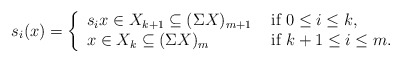
\begin{align*}s_i(x)=\left\{\begin{array}{ll}s_ix\in X_{k+1}\subseteq (\Sigma X)_{m+1} & \mbox{ if }0\leq i\leq k,\\x\in X_{k}\subseteq (\Sigma X)_{m}& \mbox{ if }k+1\leq i \leq m.\end{array}\right.\end{align*}